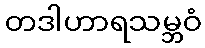
တဒါဟာရသမ္ဘဝံ